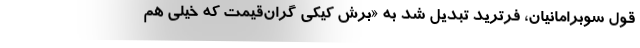
قول سوبرامانیان، فرترید تبدیل شد به «برش کیکی گران‌قیمت که خیلی هم